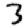
Digit: 3